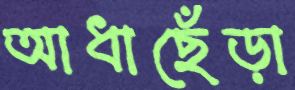
আধাছেঁড়া